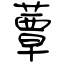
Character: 蕈